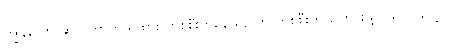
ကျွန်တော် ဆိုလိုတာက ရထား တစ်စီးကနေ နောက် တစ်စီးကို ပြောင်းဖို့လိုသလားလို့ပါ။